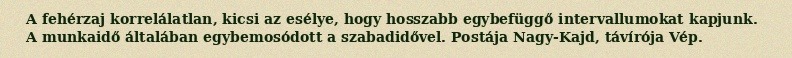
A fehérzaj korrelálatlan, kicsi az esélye, hogy hosszabb egybefüggő intervallumokat kapjunk. A munkaidő általában egybemosódott a szabadidővel. Postája Nagy-Kajd, távírója Vép.